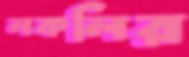
লকলির